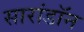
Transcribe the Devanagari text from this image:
सारांडॉन